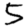
Digit: 5